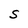
Character: S